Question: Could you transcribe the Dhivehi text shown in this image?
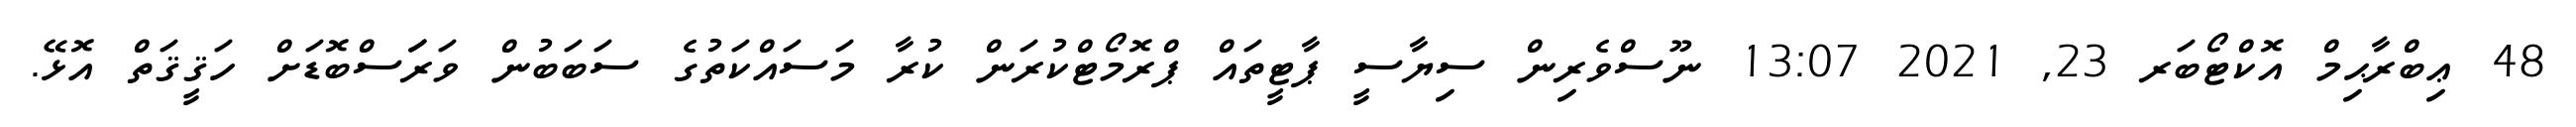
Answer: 48 ޢިބްރާޙިމް އޮކްޓޯބަރ 23, 2021 13:07 ނޫސްވެރިން ސިޔާސީ ޕާޓީތައް ޕްރޮމޯޓްކުރަން ކުރާ މަސައްކަތުގެ ސަބަބުން ވަރަަަސްބޮޑަށް ހަޤީޤަތް އޮޅޭ.